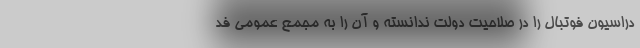
دراسیون فوتبال را در صلاحیت دولت ندانسته و آن را به مجمع عمومی فد